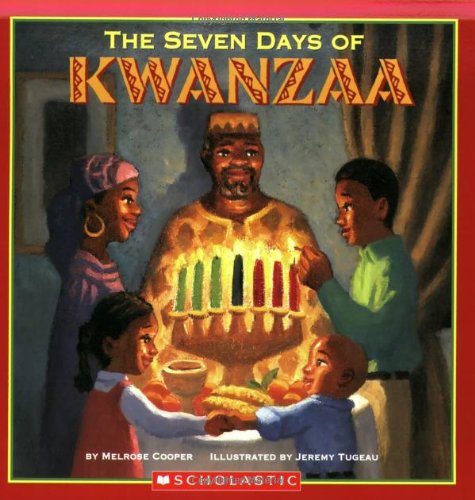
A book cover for Seven Days Of Kwanzaa; Melrose Cooper; Children's Books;